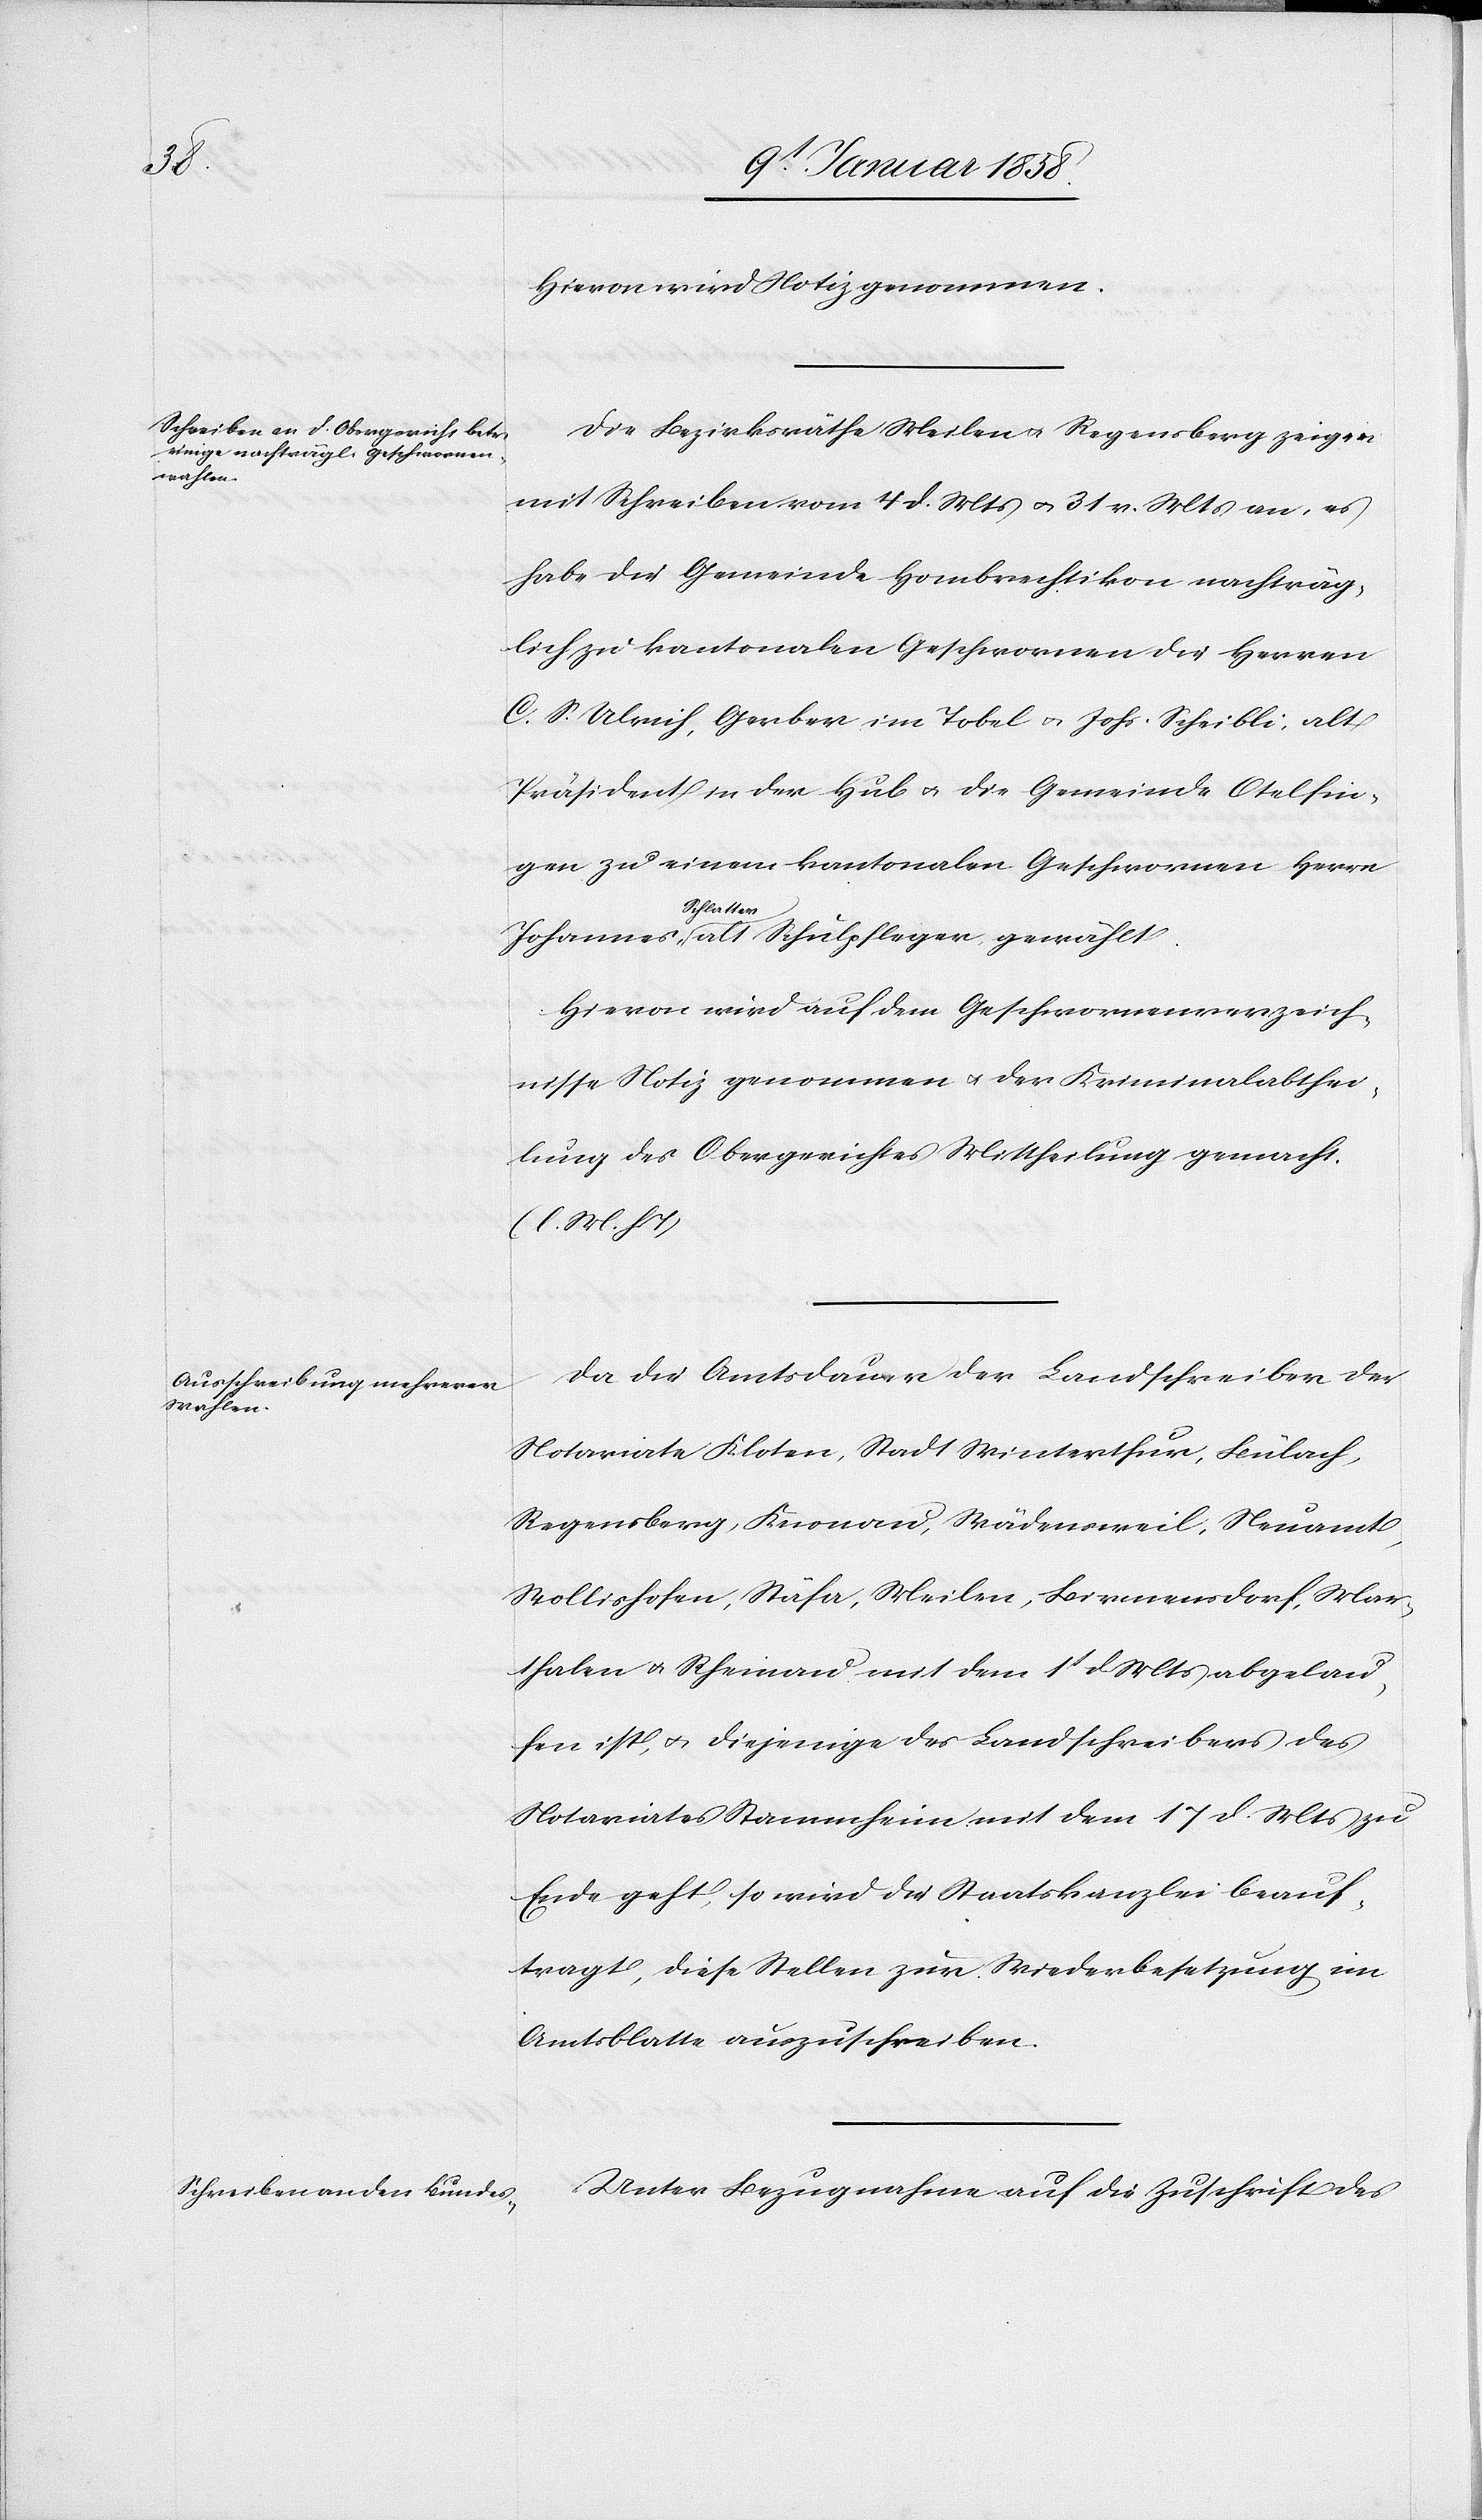
Hievon wird Notiz genommen.
Die Bezirksräthe Meilen u. Regensberg zeigen
mit Schreiben vom 4 d. Mts u. 31 v. Mts an, es
habe die Gemeinde Hombrechtikon nachträg¬
lich zu kantonalen Geschwornen die Herren
C. S. Ulrich, Gerber im Tobel u. Johs. Scheibli, alt
Präsident in der Hub u. die Gemeinde Otelfin¬
gen zu einem kantonalen Geschwornen Herrn
Johannes
Schlatter alt Schulpfleger gewählt.
Hievon wird auf dem Geschwornenverzeich¬
nisse Notiz genommen u. der Kriminalabthei¬
lung des Obergerichtes Mittheilung gemacht.
(l. M. hT)
Da die Amtsdauer der Landschreiber der
Notariate Kloten, Stadt Winterthur, Bülach,
Regensberg, Knonau, Wädensweil, Neuamt,
Wollishofen, Stäfa, Meilen, Birmensdorf, Mar¬
thalen u. Rheinau mit dem 1t d Mts abgelau¬
fen ist, u. diejenige des Landschreibers des
Notariates Stammheim mit dem 17 d. Mts zu
Ende geht, so wird die Staatskanzlei beauf¬
tragt, diese Stellen zur Wiederbesetzung im
Amtsblatte auszuschreiben.
Unter Bezugnahme auf die Zuschrift des